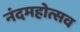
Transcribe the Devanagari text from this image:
नंदमहोत्सव